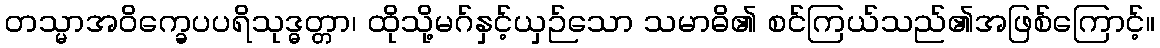
တသ္မာအဝိက္ခေပပရိသုဒ္ဓတ္တာ၊ ထိုသို့မဂ်နှင့်ယှဉ်သော သမာဓိ၏ စင်ကြယ်သည်၏အဖြစ်ကြောင့်။